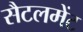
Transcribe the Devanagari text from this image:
सैटलमेंट